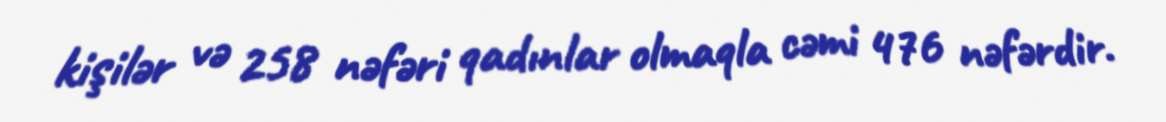
kişilər və 258 nəfəri qadınlar olmaqla cəmi 476 nəfərdir.